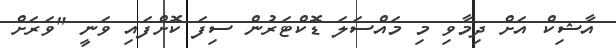
އާޝިކް އަށް ދިމާވި މި މައްސަލަ ޑޮކްޓަރުން ސިފަ ކޮށްފައި ވަނީ "ވަރަށް